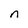
Character: n